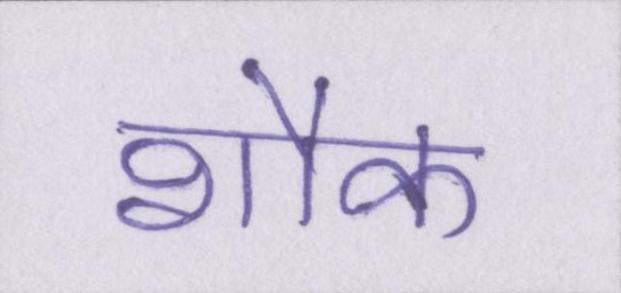
शौक